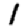
Digit: 1